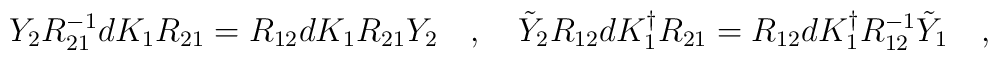
Y_{2} R^{-1}_{21} dK_1 R_{21} = R_{12} d K_{1} R_{21} Y_{2}\quad, \quad\tilde{Y}_{2} R_{12} dK^{\dagger}_1 R_{21}  = R_{12} dK^{\dagger}_{1} R^{-1}_{12} \tilde{Y}_{1} \quad ,